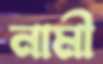
নামী